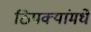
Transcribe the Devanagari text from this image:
ठिपक्यांमधे